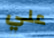
علي